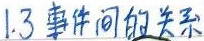
1.3 事件间的关系